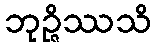
ဘုဉ္ဇိဿသိ